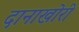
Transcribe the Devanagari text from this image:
दानाखोरी